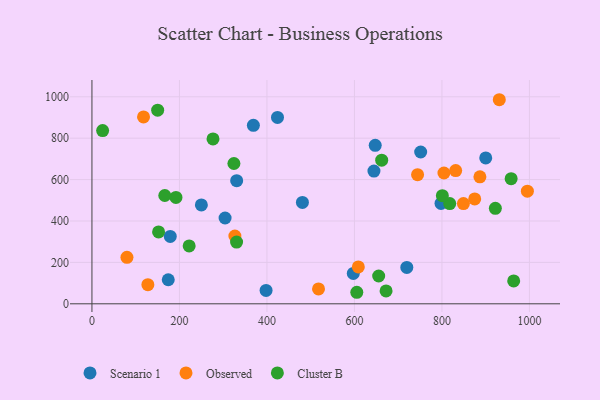
{"axis": {"x": "Ad Spend", "y": "Fuel Efficiency"}, "legend": ["Cluster B", "Observed", "Scenario 1"], "data": [{"x": "597.4", "y": 146.8, "type": "Scenario 1"}, {"x": "900.1", "y": 704.7, "type": "Scenario 1"}, {"x": "647.5", "y": 765.5, "type": "Scenario 1"}, {"x": "719.7", "y": 175.8, "type": "Scenario 1"}, {"x": "174.4", "y": 116.1, "type": "Scenario 1"}, {"x": "250.1", "y": 477.4, "type": "Scenario 1"}, {"x": "179.0", "y": 325.6, "type": "Scenario 1"}, {"x": "330.8", "y": 594.6, "type": "Scenario 1"}, {"x": "398.0", "y": 64.6, "type": "Scenario 1"}, {"x": "369.0", "y": 862.2, "type": "Scenario 1"}, {"x": "644.6", "y": 641.2, "type": "Scenario 1"}, {"x": "797.9", "y": 484.7, "type": "Scenario 1"}, {"x": "751.4", "y": 733.3, "type": "Scenario 1"}, {"x": "304.3", "y": 414.6, "type": "Scenario 1"}, {"x": "424.1", "y": 900.4, "type": "Scenario 1"}, {"x": "481.1", "y": 489.9, "type": "Scenario 1"}, {"x": "80.0", "y": 224.7, "type": "Observed"}, {"x": "744.3", "y": 623.8, "type": "Observed"}, {"x": "849.1", "y": 484.2, "type": "Observed"}, {"x": "608.9", "y": 178.3, "type": "Observed"}, {"x": "931.1", "y": 985.8, "type": "Observed"}, {"x": "831.4", "y": 643.5, "type": "Observed"}, {"x": "995.3", "y": 544.2, "type": "Observed"}, {"x": "117.9", "y": 902.8, "type": "Observed"}, {"x": "874.9", "y": 506.5, "type": "Observed"}, {"x": "517.9", "y": 71.7, "type": "Observed"}, {"x": "804.6", "y": 631.8, "type": "Observed"}, {"x": "886.8", "y": 613.3, "type": "Observed"}, {"x": "127.8", "y": 92.5, "type": "Observed"}, {"x": "326.7", "y": 327.6, "type": "Observed"}, {"x": "817.8", "y": 484.4, "type": "Cluster B"}, {"x": "605.4", "y": 55.7, "type": "Cluster B"}, {"x": "655.4", "y": 134.2, "type": "Cluster B"}, {"x": "192.0", "y": 514.0, "type": "Cluster B"}, {"x": "922.1", "y": 461.4, "type": "Cluster B"}, {"x": "801.0", "y": 522.2, "type": "Cluster B"}, {"x": "330.6", "y": 298.1, "type": "Cluster B"}, {"x": "152.3", "y": 347.2, "type": "Cluster B"}, {"x": "24.4", "y": 836.6, "type": "Cluster B"}, {"x": "276.7", "y": 796.5, "type": "Cluster B"}, {"x": "166.5", "y": 523.1, "type": "Cluster B"}, {"x": "958.2", "y": 604.5, "type": "Cluster B"}, {"x": "662.3", "y": 693.8, "type": "Cluster B"}, {"x": "222.2", "y": 279.4, "type": "Cluster B"}, {"x": "150.2", "y": 935.2, "type": "Cluster B"}, {"x": "672.3", "y": 62.2, "type": "Cluster B"}, {"x": "964.0", "y": 110.5, "type": "Cluster B"}, {"x": "324.5", "y": 677.7, "type": "Cluster B"}]}